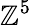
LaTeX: \mathbb{Z}^{5}